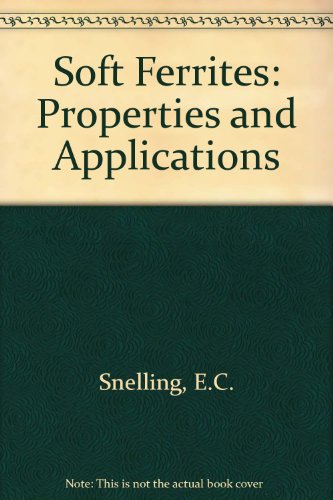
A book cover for Soft ferrites: properties and applications; E. C Snelling; Science & Math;